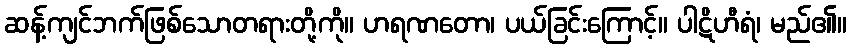
ဆန့်ကျင်ဘက်ဖြစ်သောတရားတို့ကို။ ဟရဏတော၊ ပယ်ခြင်းကြောင့်။ ပါဋိဟီရံ၊ မည်၏။